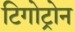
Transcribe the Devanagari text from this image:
टिगोट्रोन